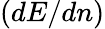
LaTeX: \left(dE/dn\right)